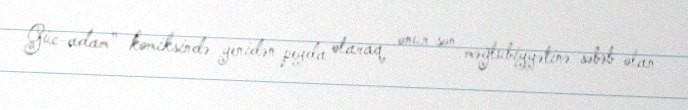
Güc-adam" komiksində yenidən peyda olaraq onun son məğlubiyyətinə səbəb olan